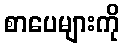
စာပေများကို